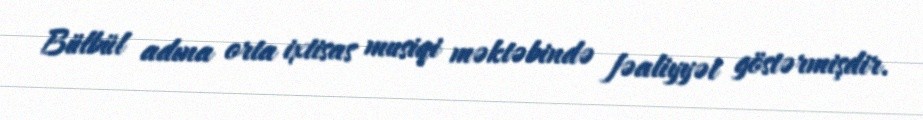
Bülbül adına orta ixtisas musiqi məktəbində fəaliyyət göstərmişdir.